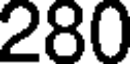
280